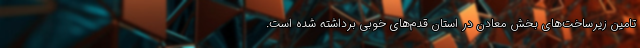
تامین زیرساخت‌های بخش معادن در استان قدم‌های خوبی برداشته ‌شده ‌است.